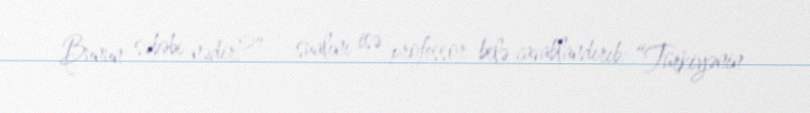
Bunun səbəbi nədir?” - sualını isə professor belə cavablandırıb: “Türkiyənin